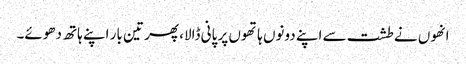
انھوں نے طشت سے اپنے دونوں ہاتھوں پر پانی ڈالا، پھر تین بار اپنے ہاتھ دھوئے۔